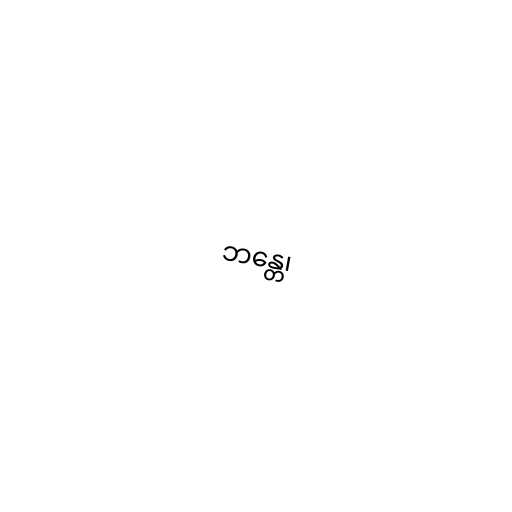
ဘန္တေ၊